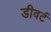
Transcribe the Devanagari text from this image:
डीवर्ट